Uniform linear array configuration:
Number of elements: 8
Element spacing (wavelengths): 0.25
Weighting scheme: exponential
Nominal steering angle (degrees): -45
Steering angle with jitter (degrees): -44.938
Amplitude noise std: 0.05
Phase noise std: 0.05

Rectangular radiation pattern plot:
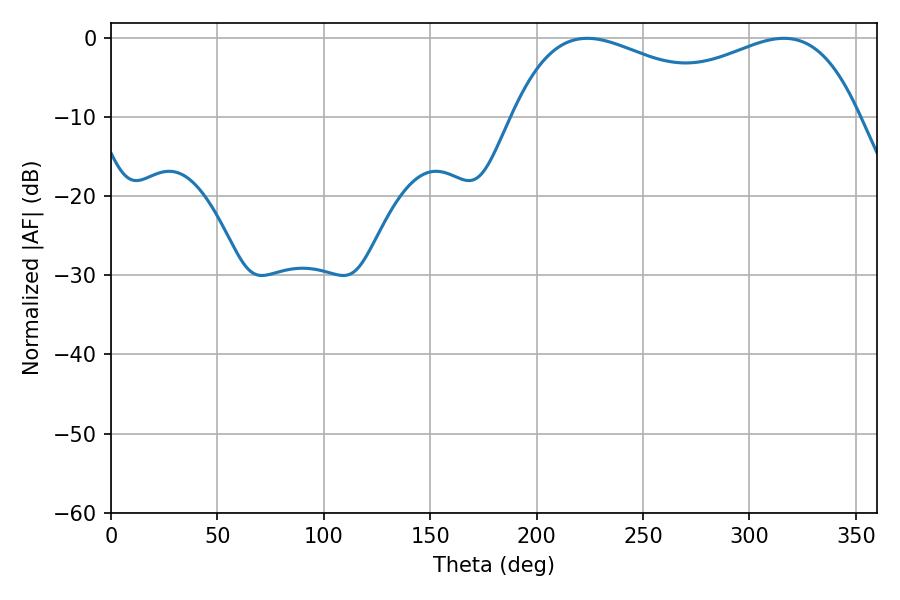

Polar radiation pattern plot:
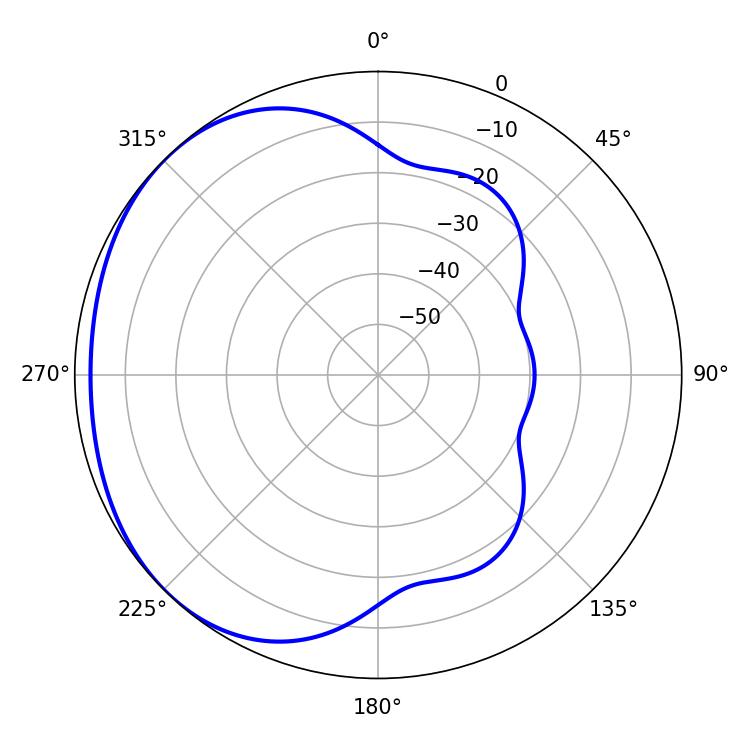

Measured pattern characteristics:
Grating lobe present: FALSE
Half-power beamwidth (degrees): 61.38
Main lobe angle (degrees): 316.26